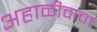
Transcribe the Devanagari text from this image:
अहाळीवाचा